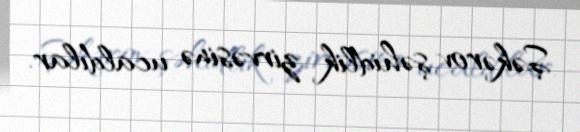
Şəkərov şəhidlik zirvəsinə ucaldılar.